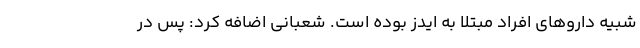
شبیه داروهای افراد مبتلا به ایدز بوده است. شعبانی اضافه کرد: پس در